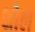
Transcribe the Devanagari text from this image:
शोल